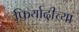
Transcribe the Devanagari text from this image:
फिर्यादीच्या